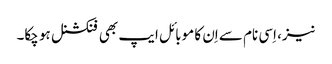
نیز، اِسی نام سے اِن کا موبائل ایپ بھی فنکشنل ہو چکا۔